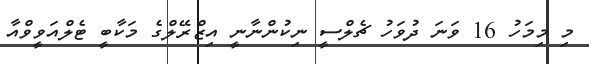
މި މިމަހު 16 ވަނަ ދުވަހު ޗެލްސީ ނިކުންނާނީ އިޒްރޭލްގެ މަކާބީ ޓެލްއަވީވްއާ